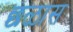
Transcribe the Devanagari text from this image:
छळास